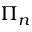
\Pi _ { n }